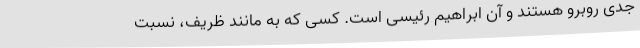
جدی روبرو هستند و آن ابراهیم رئیسی است. کسی که به مانند ظریف، نسبت